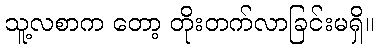
သူ့လစာက တော့ တိုးတက်လာခြင်းမရှိ။